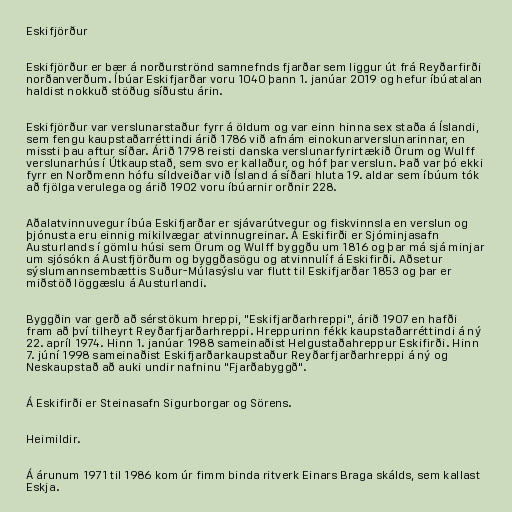
Eskifjörður

Eskifjörður er bær á norðurströnd samnefnds fjarðar sem liggur út frá Reyðarfirði
norðanverðum. Íbúar Eskifjarðar voru 1040 þann 1. janúar 2019 og hefur íbúatalan
haldist nokkuð stöðug síðustu árin.

Eskifjörður var verslunarstaður fyrr á öldum og var einn hinna sex staða á Íslandi,
sem fengu kaupstaðarréttindi árið 1786 við afnám einokunarverslunarinnar, en
missti þau aftur síðar. Árið 1798 reisti danska verslunarfyrirtækið Örum og Wulff
verslunarhús í Útkaupstað, sem svo er kallaður, og hóf þar verslun. Það var þó ekki
fyrr en Norðmenn hófu síldveiðar við Ísland á síðari hluta 19. aldar sem íbúum tók
að fjölga verulega og árið 1902 voru íbúarnir orðnir 228.

Aðalatvinnuvegur íbúa Eskifjarðar er sjávarútvegur og fiskvinnsla en verslun og
þjónusta eru einnig mikilvægar atvinnugreinar. Á Eskifirði er Sjóminjasafn
Austurlands í gömlu húsi sem Örum og Wulff byggðu um 1816 og þar má sjá minjar
um sjósókn á Austfjörðum og byggðasögu og atvinnulíf á Eskifirði. Aðsetur
sýslumannsembættis Suður-Múlasýslu var flutt til Eskifjarðar 1853 og þar er
miðstöð löggæslu á Austurlandi.

Byggðin var gerð að sérstökum hreppi, "Eskifjarðarhreppi", árið 1907 en hafði
fram að því tilheyrt Reyðarfjarðarhreppi. Hreppurinn fékk kaupstaðarréttindi á ný
22. apríl 1974. Hinn 1. janúar 1988 sameinaðist Helgustaðahreppur Eskifirði. Hinn
7. júní 1998 sameinaðist Eskifjarðarkaupstaður Reyðarfjarðarhreppi á ný og
Neskaupstað að auki undir nafninu "Fjarðabyggð".

Á Eskifirði er Steinasafn Sigurborgar og Sörens.

Heimildir.

Á árunum 1971 til 1986 kom úr fimm binda ritverk Einars Braga skálds, sem kallast
Eskja.